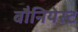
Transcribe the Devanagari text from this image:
बौनियेस्ट